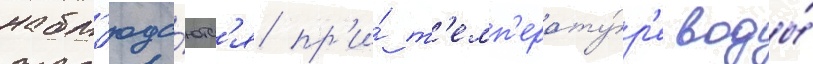
набл'юда́ютс'я пр'и́ т'емп'ерату́р'е воды́